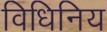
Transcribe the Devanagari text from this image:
विधिनिय